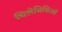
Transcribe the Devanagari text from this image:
चिलेविसिओं